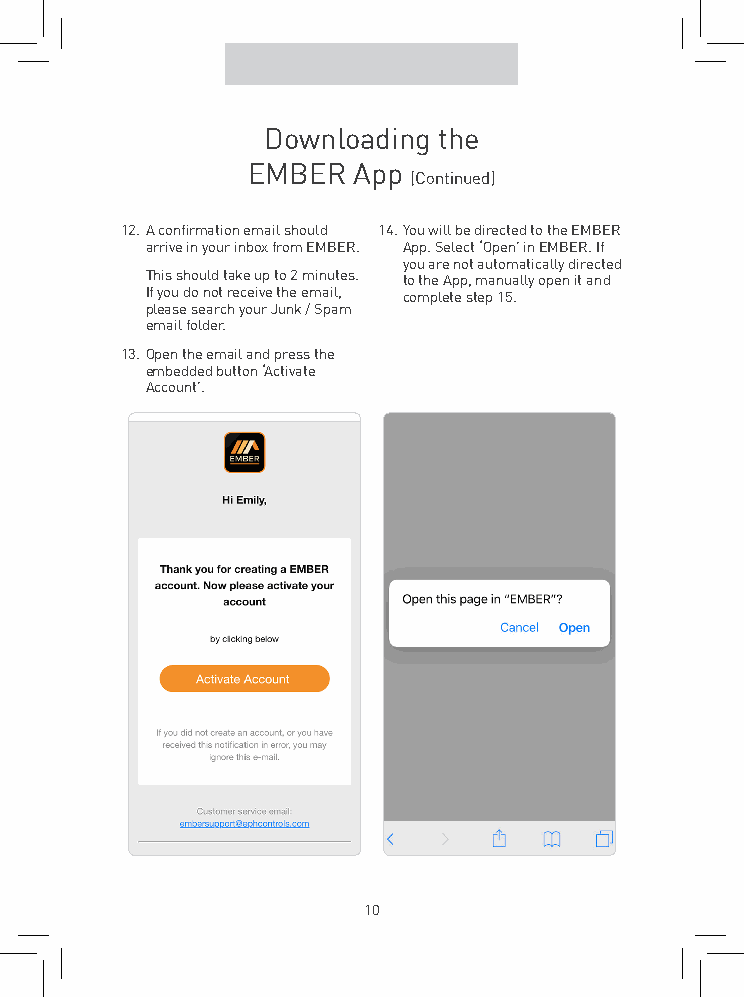
Downloading the
 EMBER  App
 (Continued)
 12. A confirmation email should 14. You will be directed to the EMBER
 arrive in your inbox from EMBER. App. Select ‘Open’ in EMBER. If
 you are not automatically directed
 This should take up to 2 minutes. to the App, manually open it and
 If you do not receive the email, complete step 15.
 please search your Junk / Spam
 email folder.
 13. Open the email and press the
 embedded button ‘Activate
 Account’.
 10